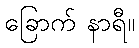
ခြောက် နာရီ။